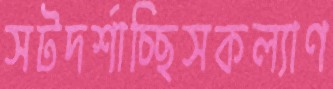
সটদর্শাচ্ছিসকল্যাণ